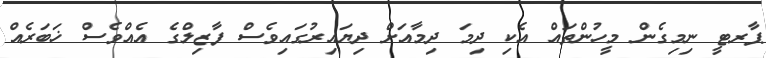
ޕާރޓީ ނިމިގެން މީހުންތައް އެކި ދިމަ ދިމާއަށް ދިޔައިރުގައިވެސް ފާޒިލްގެ އެއްވެސް ޚަބަރެއް